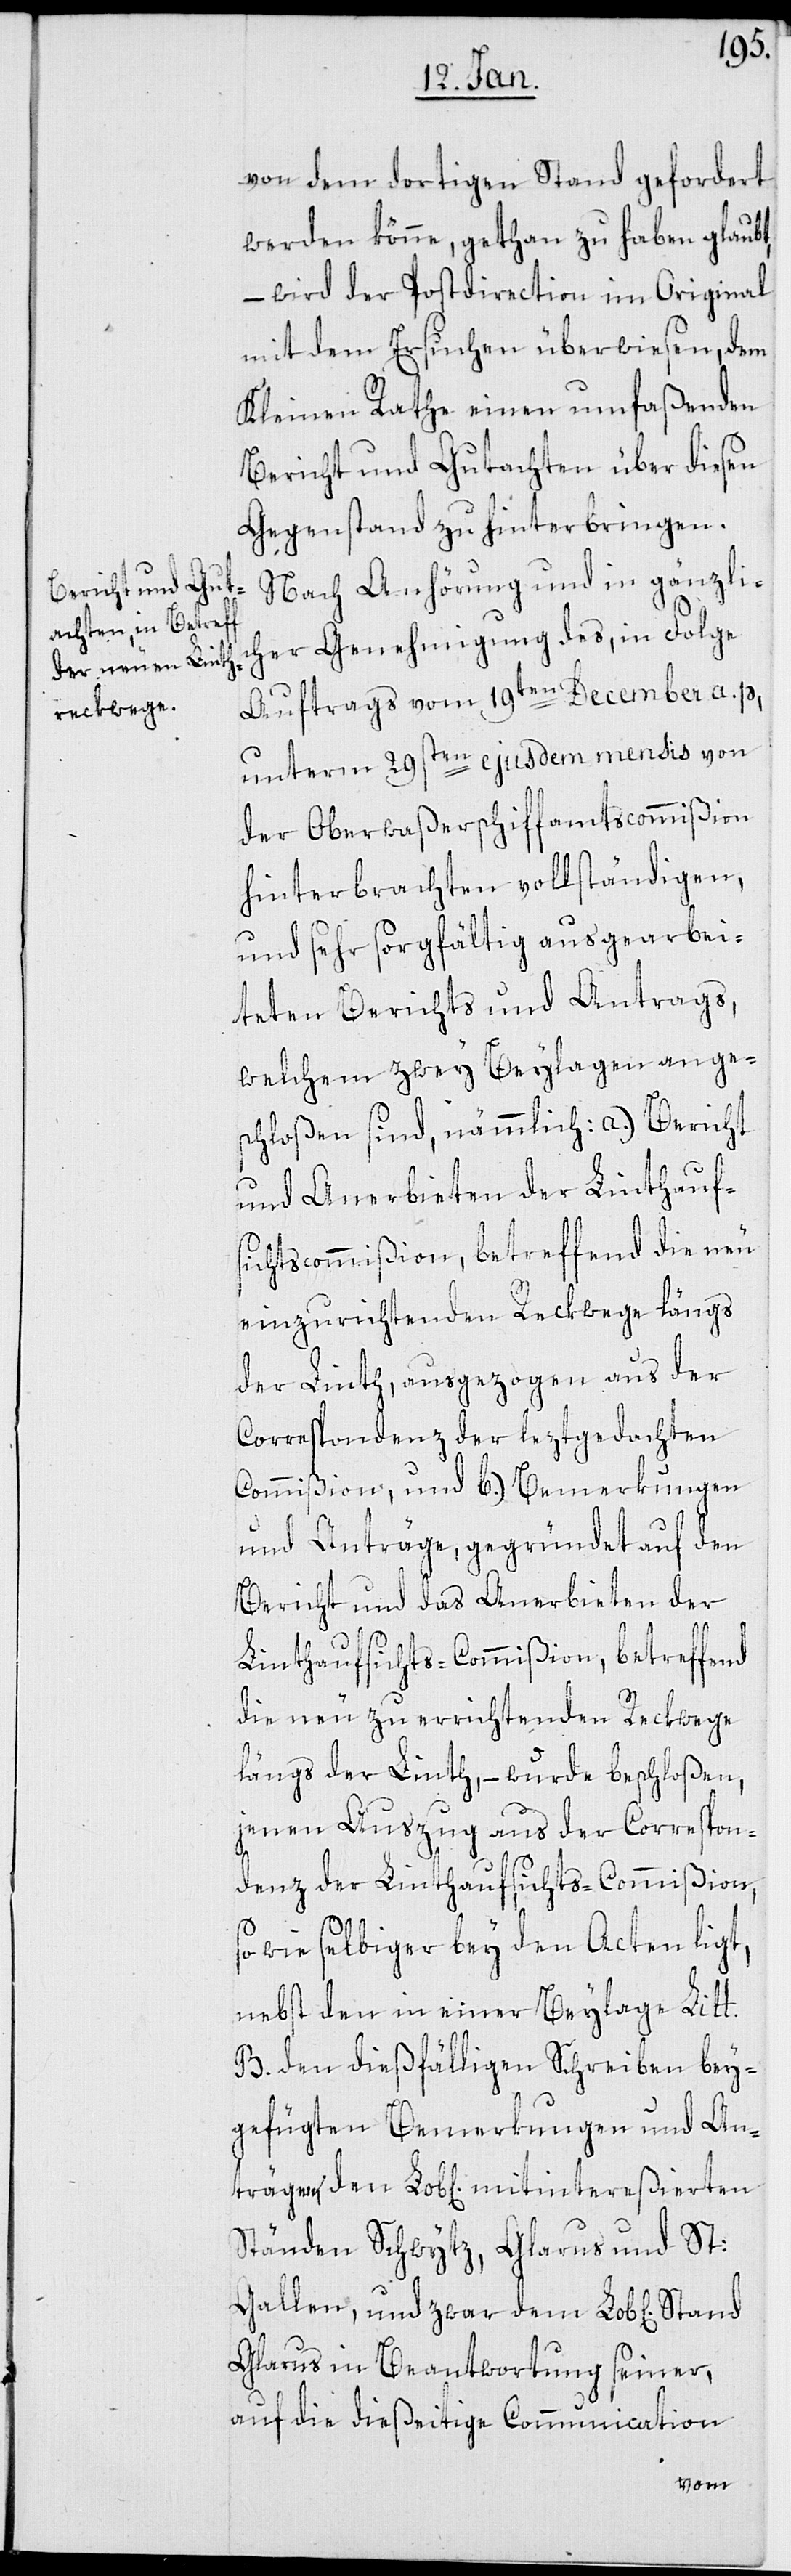
von dem dortigen Stand gefordert
werden könne, gethan zu haben glaubt,
– wird der Postdirection im Original
mit dem Ersuchen überwiesen, dem
Kleinen Rathe einen umfaßenden
Bericht und Gutachten über diesen
Gegenstand zu hinterbringen.
Nach Anhörung und in gänzlic¬
her Genehmigung des, in Folge
Auftrags vom 19ten December a. p.,
unterm 29sten ejusdem mendis von
der Oberwaßerschiffamtscommißion
hinterbrachten vollständigen,
und sehr sorgfältig ausgearbei¬
teten Berichts und Antrags,
welchem zwey Beylagen ange¬
schloßen sind, nämmlich: a.) Bericht
und Anerbieten der Linthauf¬
sichtscommißion, betreffend die neu
einzurichtenden Reckwege längs
der Linth, ausgezogen aus der
Correspondenz der leztgedachten
Commißion, und b.) Bemerkungen
und Anträge, gegründet auf den
Bericht und das Anerbieten der
Linthaufsichts-Commißion, betreffend
die neu zu errichtenden Reckwege
längs der Linth, – wurde beschloßen,
jenen Auszug aus der Correspon¬
denz der Linthaufsichts-Commißion,
sowie selbiger bey den Acten ligt,
nebst den in einer Beylage Litt.
B den dießfälligen Schreiben bey¬
gefügten Bemerkungen und An¬
trägen, den Lob[lichen] mitintereßierten
Ständen Schwytz, Glarus und St.
Gallen, und zwar dem Lob[lichen]
Glarus in Beantwortung seiner,
auf die dießeitige Communication